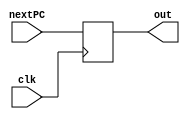
`timescale 1ns / 1ps

module Program_counter (input clk, input [31:0] nextPC,  output reg [31:0] out);
  initial begin
    out = -4;
  end

  always @(posedge clk) begin
    out = nextPC;
  end

endmodule